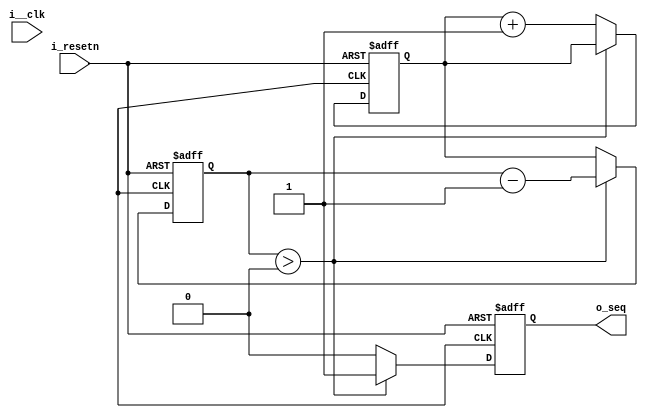
module seq_gen2(
  input           i__clk,
  input           i_resetn,
  output          o_seq
);

  reg [7:0]       cnt0;
  reg [7:0]       cnt1;
  reg             s_seq;

  always @(posedge i_clk or negedge i_resetn) begin 
    if(!i_resetn) begin 
      cnt0  <=  8'd0;
      cnt1  <=  8'd1;
      s_seq <=  1'b0;
    end
    else begin  
      if(cnt1 > 8'd0) begin 
        s_seq <=  1'b1;
        cnt1  <=  cnt1 - 1'b1;
      end
      else begin
        cnt1  <=  cnt0;
        cnt0  <=  cnt0 + 1'b1;
        s_seq <=  1'b0;
      end
    end
  end

  assign  o_seq = s_seq;
endmodule